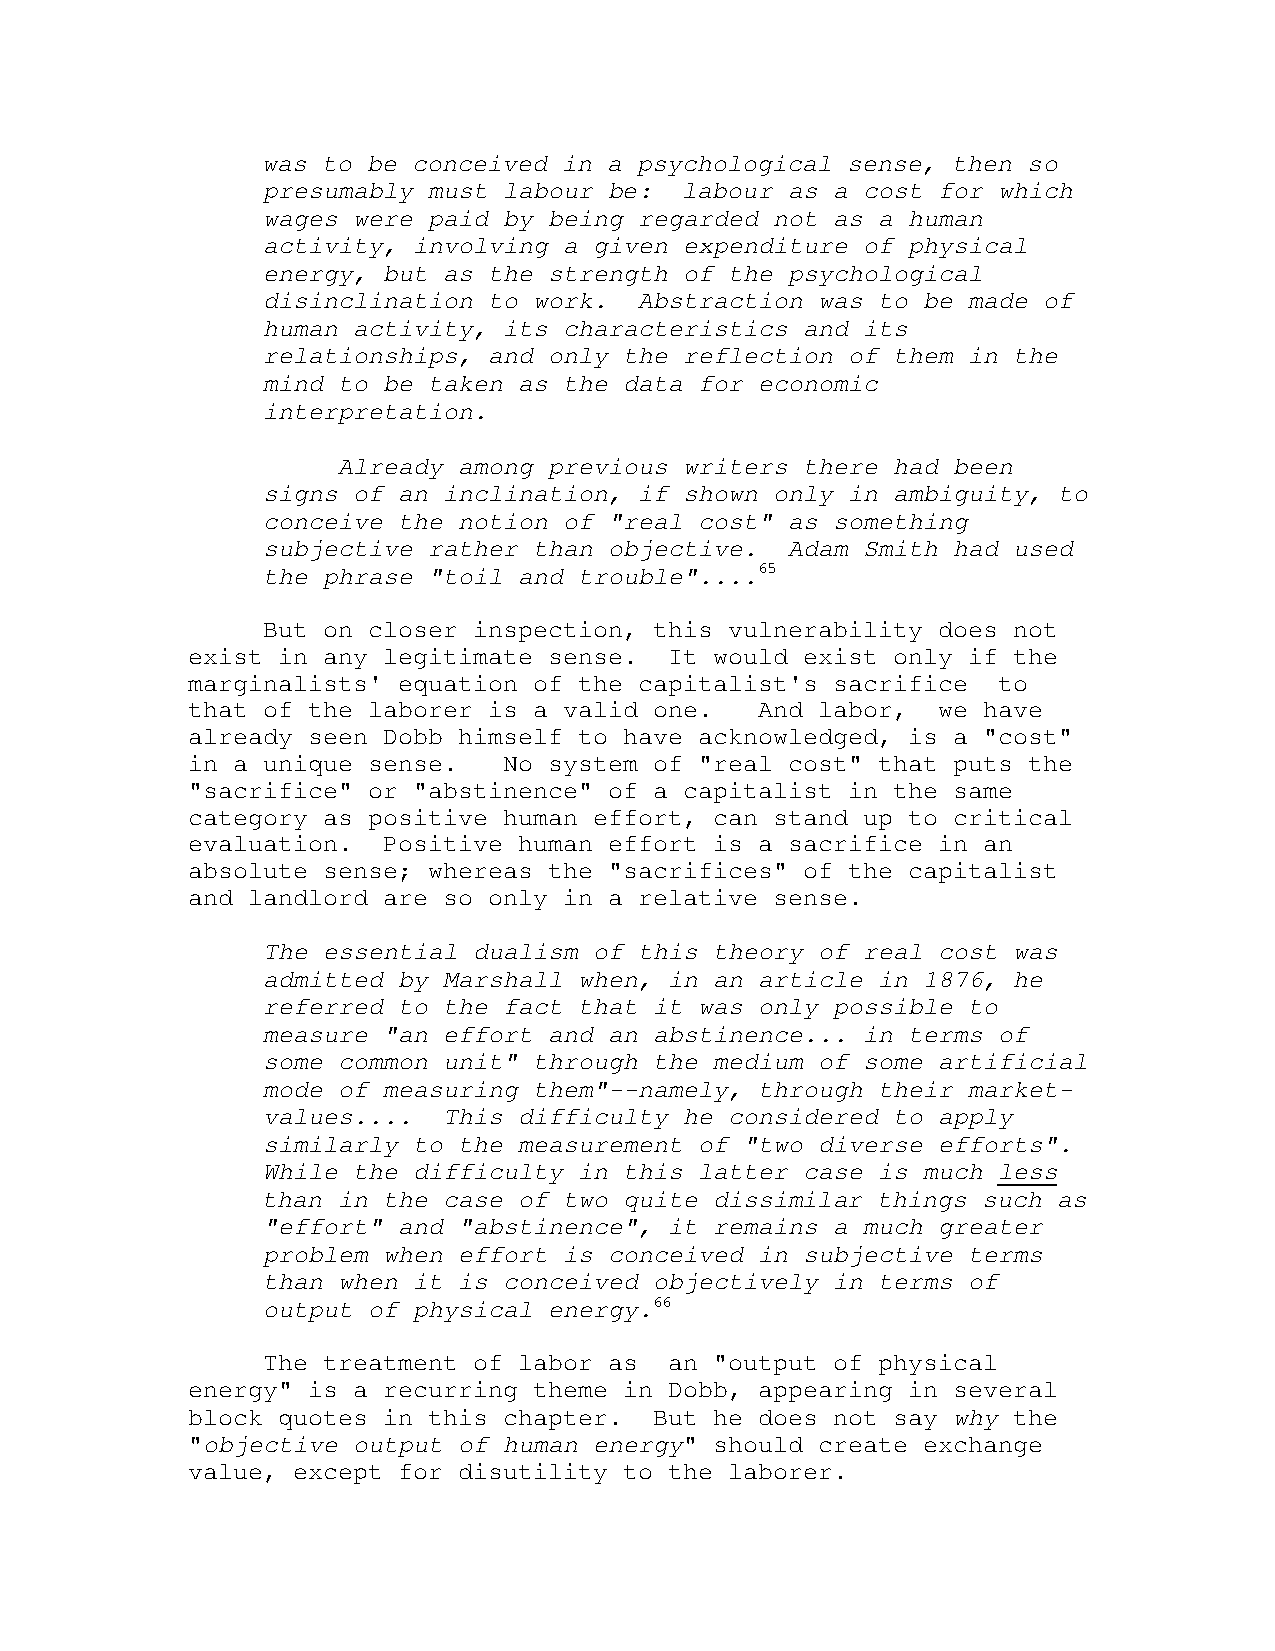
was to be conceived in a psychological sense, then so
 presumably must labour be:  labour as a cost for which
 wages were paid by being regarded not as a human
 activity, involving a given expenditure of physical
 energy, but as the strength of the psychological
 disinclination to work.  Abstraction was to be made of
 human activity, its characteristics and its
 relationships, and only the reflection of them in the
 mind to be taken as the data for economic
 interpretation.
 Already among previous writers there had been
 signs of an inclination, if shown only in ambiguity, to
 conceive the notion of "real cost" as something
 subjective rather than objective.  Adam Smith had used
 the phrase "toil and trouble"....65
 But on closer inspection, this vulnerability does not
 exist in any legitimate sense.  It would exist only if the
 marginalists' equation of the capitalist's sacrifice  to
 that of the laborer is a valid one.   And labor,  we have
 already seen Dobb himself to have acknowledged, is a "cost"
 in a unique sense.   No system of "real cost" that puts the
 "sacrifice" or "abstinence" of a capitalist in the same
 category as positive human effort, can stand up to critical
 evaluation.  Positive human effort is a sacrifice in an
 absolute sense; whereas the "sacrifices" of the capitalist
 and landlord are so only in a relative sense.
 The essential dualism of this theory of real cost was
 admitted by Marshall when, in an article in 1876, he
 referred to the fact that it was only possible to
 measure "an effort and an abstinence... in terms of
 some common unit" through the medium of some artificial
 mode of measuring them"--namely, through their market-
 values....  This difficulty he considered to apply
 similarly to the measurement of "two diverse efforts".
 While the difficulty in this latter case is much less
 than in the case of two quite dissimilar things such as
 "effort" and "abstinence", it remains a much greater
 problem when effort is conceived in subjective terms
 than when it is conceived objectively in terms of
 output of physical energy.66
 The treatment of labor as  an "output of physical
 energy" is a recurring theme in Dobb, appearing in several
 block quotes in this chapter.  But he does not say why the
 "objective output of human energy" should create exchange
 value, except for disutility to the laborer.